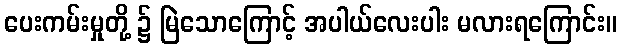
ပေးကမ်းမှုတို့ ၌ မြဲသောကြောင့် အပါယ်လေးပါး မလားရကြောင်း။